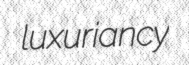
luxuriancy